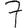
Digit: 7